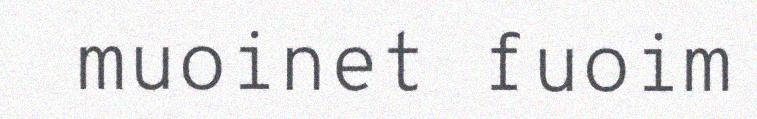
muoinet fuoim